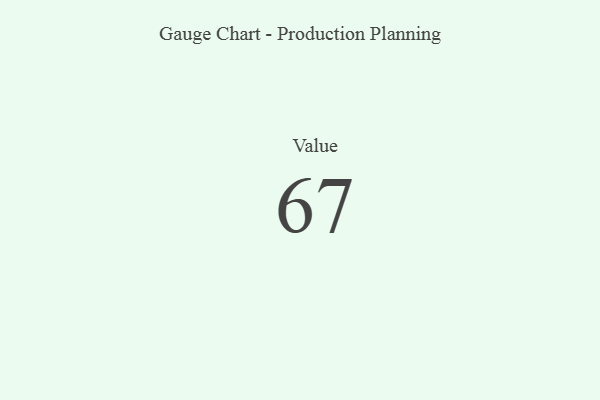
{"axis": {"x": "Metric", "y": "Value"}, "legend": [""], "data": [{"x": "Value", "y": 67, "type": ""}]}